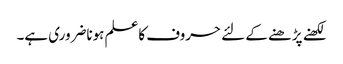
لکھنے پڑھنے کے لئے حروف کاعلم ہوناضروری ہے۔